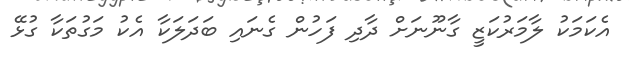
އެކަމަކު ލާމަރުކަޒީ ގާނޫނަށް ދާދި ފަހުން ގެނައި ބަދަލަކާ އެކު މަގުތަކާ ގުޅޭ